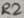
Text: R2